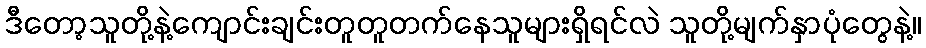
ဒီတော့သူတို့နဲ့ကျောင်းချင်းတူတူတက်နေသူများရှိရင်လဲ သူတို့မျက်နှာပုံတွေနဲ့။